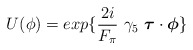
\begin{align*}U(\phi)= exp\{\frac{2i}{F_\pi}~\gamma_5~\mbox{\boldmath$\tau$} \cdot \mbox{\boldmath$\phi$} \}\end{align*}